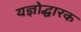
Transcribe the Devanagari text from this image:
यज्ञोद्धारक